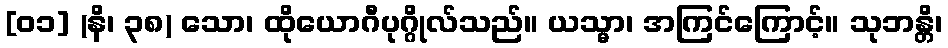
[၀၁] (နိ၊ ၃၈) သော၊ ထိုယောဂီပုဂ္ဂိုလ်သည်။ ယသ္မာ၊ အကြင်ကြောင့်။ သုဘန္တိ၊